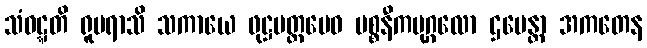
သံဝဋ္ဋတိ ရူပရာသိ သကာယေ ဖုဋ္ဌမတ္တမေဝ ပစ္စနီကပုဂ္ဂလော ဌပေန္တာ အကတေန